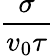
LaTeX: \frac{\sigma}{v_{0}\tau}